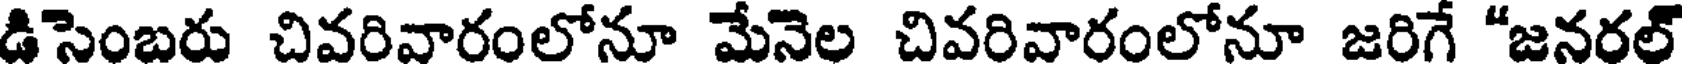
డిసెంబరు చివరివారంలోనూ మేనెల చివరివారంలోనూ జరిగే "జనరల్